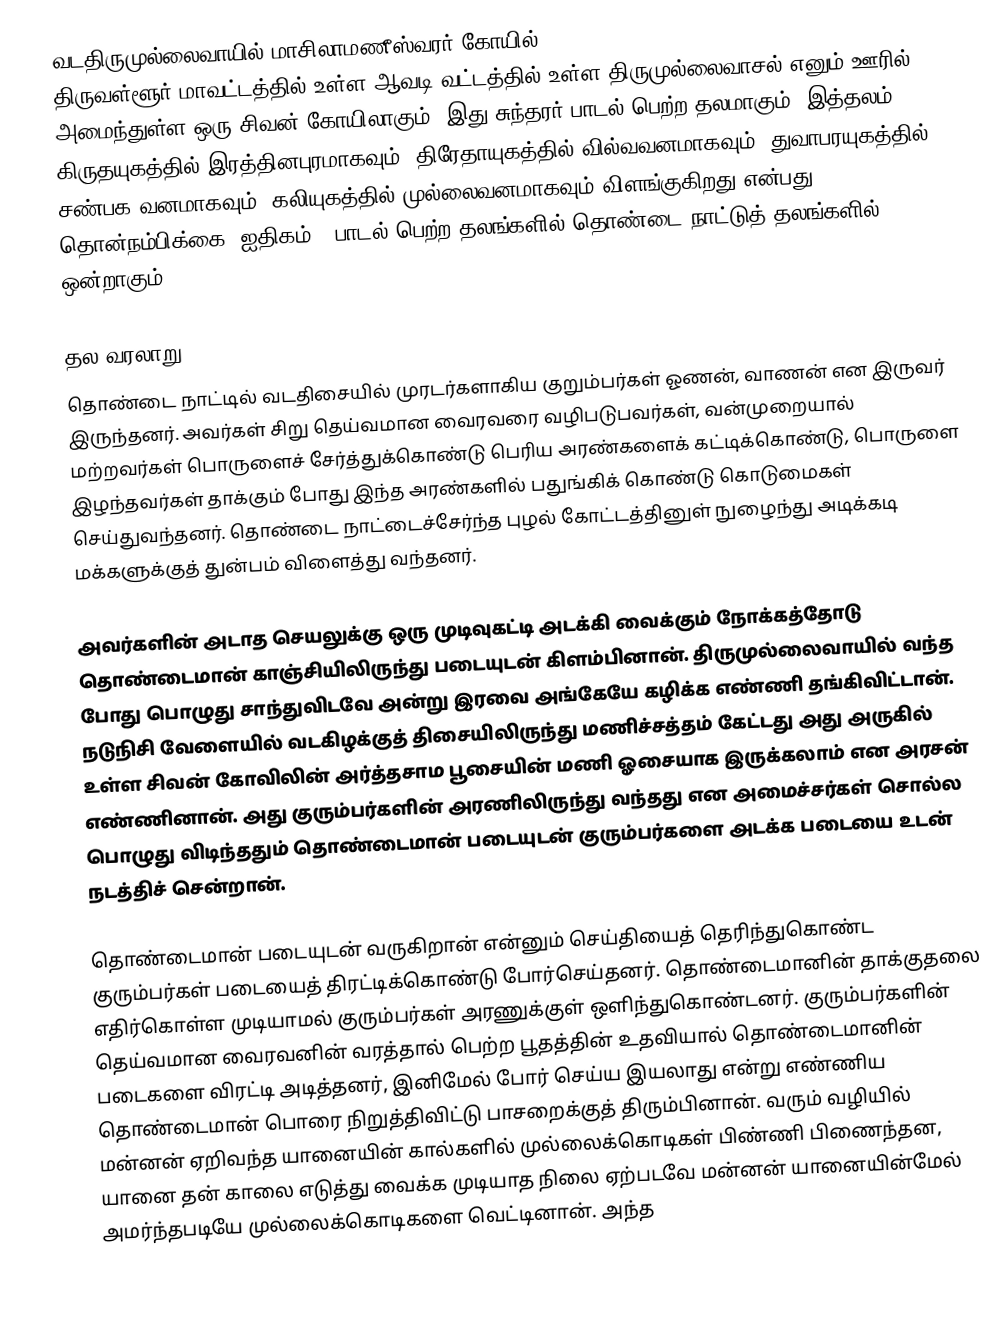
வடதிருமுல்லைவாயில் மாசிலாமணீஸ்வரர் கோயில் (Thirumullaivoyal Masilamaniswara Temple) திருவள்ளூர் மாவட்டத்தில் உள்ள ஆவடி வட்டத்தில் உள்ள திருமுல்லைவாசல் எனும் ஊரில் அமைந்துள்ள ஒரு சிவன் கோயிலாகும். இது சுந்தரர் பாடல் பெற்ற தலமாகும். இத்தலம் கிருதயுகத்தில் இரத்தினபுரமாகவும், திரேதாயுகத்தில் வில்வவனமாகவும், துவாபரயுகத்தில் சண்பக வனமாகவும், கலியுகத்தில் முல்லைவனமாகவும் விளங்குகிறது என்பது தொன்நம்பிக்கை (ஐதிகம்).  பாடல் பெற்ற தலங்களில் தொண்டை நாட்டுத் தலங்களில் ஒன்றாகும்.

தல வரலாறு
தொண்டை நாட்டில் வடதிசையில் முரடர்களாகிய குறும்பர்கள் ஓணன், வாணன் என இருவர் இருந்தனர். அவர்கள் சிறு தெய்வமான வைரவரை வழிபடுபவர்கள், வன்முறையால் மற்றவர்கள் பொருளைச் சேர்த்துக்கொண்டு பெரிய அரண்களைக் கட்டிக்கொண்டு, பொருளை இழந்தவர்கள் தாக்கும் போது இந்த அரண்களில் பதுங்கிக் கொண்டு கொடுமைகள் செய்துவந்தனர். தொண்டை நாட்டைச்சேர்ந்த புழல் கோட்டத்தினுள் நுழைந்து அடிக்கடி மக்களுக்குத் துன்பம் விளைத்து வந்தனர்.

அவர்களின் அடாத செயலுக்கு ஒரு முடிவுகட்டி அடக்கி வைக்கும் நோக்கத்தோடு தொண்டைமான் காஞ்சியிலிருந்து படையுடன் கிளம்பினான். திருமுல்லைவாயில் வந்த போது பொழுது சாந்துவிடவே அன்று இரவை அங்கேயே கழிக்க எண்ணி தங்கிவிட்டான். நடுநிசி வேளையில் வடகிழக்குத் திசையிலிருந்து மணிச்சத்தம் கேட்டது அது அருகில் உள்ள சிவன் கோவிலின்  அர்த்தசாம பூசையின் மணி ஓசையாக இருக்கலாம் என அரசன் எண்ணினான். அது குரும்பர்களின் அரணிலிருந்து வந்தது என அமைச்சர்கள் சொல்ல பொழுது விடிந்ததும் தொண்டைமான் படையுடன் குரும்பர்களை அடக்க படையை உடன் நடத்திச் சென்றான்.

தொண்டைமான் படையுடன் வருகிறான் என்னும் செய்தியைத் தெரிந்துகொண்ட குரும்பர்கள் படையைத் திரட்டிக்கொண்டு போர்செய்தனர். தொண்டைமானின் தாக்குதலை எதிர்கொள்ள முடியாமல் குரும்பர்கள் அரணுக்குள் ஒளிந்துகொண்டனர். குரும்பர்களின் தெய்வமான வைரவனின் வரத்தால் பெற்ற பூதத்தின் உதவியால் தொண்டைமானின் படைகளை விரட்டி அடித்தனர், இனிமேல் போர் செய்ய இயலாது என்று எண்ணிய தொண்டைமான் பொரை நிறுத்திவிட்டு பாசறைக்குத் திரும்பினான். வரும் வழியில் மன்னன் ஏறிவந்த யானையின் கால்களில் முல்லைக்கொடிகள் பிண்ணி பிணைந்தன, யானை தன் காலை எடுத்து வைக்க முடியாத நிலை ஏற்படவே மன்னன் யானையின்மேல் அமர்ந்தபடியே முல்லைக்கொடிகளை வெட்டினான். அந்த